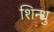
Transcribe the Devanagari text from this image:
शिन्धु